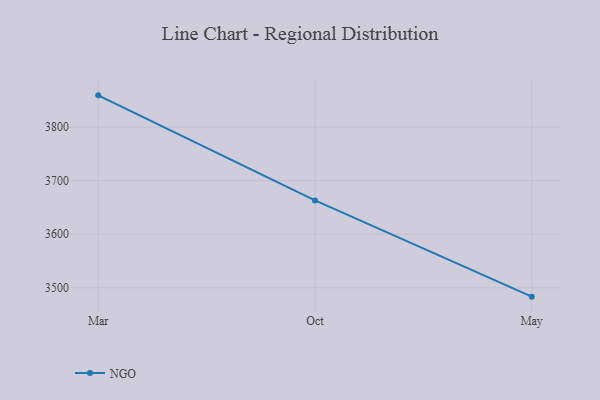
{"axis": {"x": "Month", "y": "Energy Usage (MWh)"}, "legend": ["NGO"], "data": [{"x": "Mar", "y": 3859.3, "type": "NGO"}, {"x": "Oct", "y": 3663.1, "type": "NGO"}, {"x": "May", "y": 3483.4, "type": "NGO"}]}